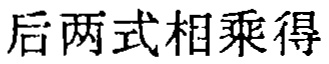
后两式相乘得